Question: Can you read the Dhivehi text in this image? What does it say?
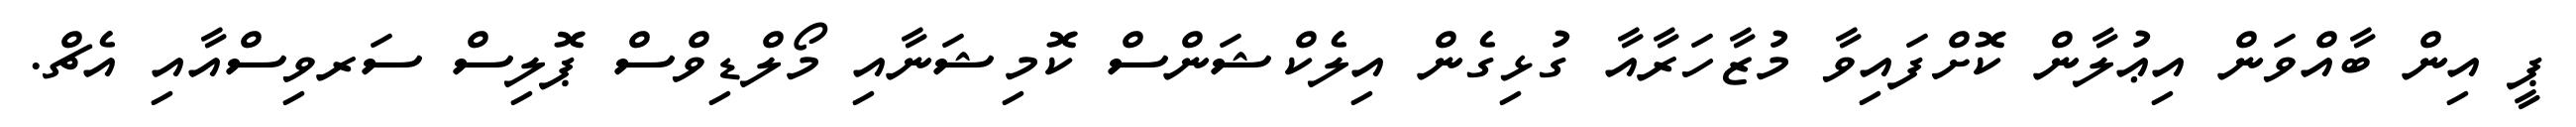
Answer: ޕީ އިން ބާއްވަން އިޢުލާން ކޮށްފައިވާ މުޒާހަރާއާ ގުޅިގެން އިލެކްޝަންސް ކޮމިޝަނާއި މޯލްޑިވްސް ޕޮލިސް ސަރވިސްއާއި އެޗް.